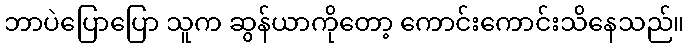
ဘာပဲပြောပြော သူက ဆွန်ယာကိုတော့ ကောင်းကောင်းသိနေသည်။